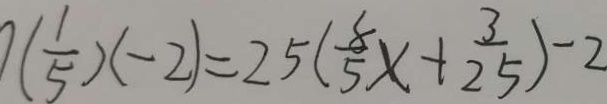
( \frac { 1 } { 5 } ) ( - 2 ) = 2 5 ( \frac { 8 } { 5 } x + \frac { 3 } { 2 5 } ) - 2